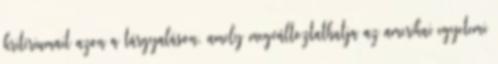
kritériumait azon a tárgyaláson, amely megváltoztathatja az amerikai egyetemi